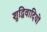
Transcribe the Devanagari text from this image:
शुद्धिवादियों